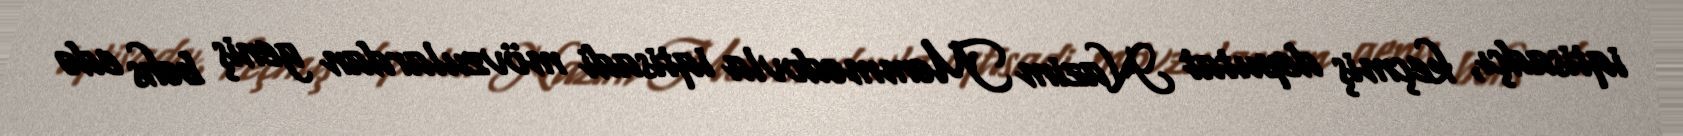
iqtisadçı, keçmiş deputat Nazim Məmmədovla iqtisadi mövzulardan geniş bəhs edə